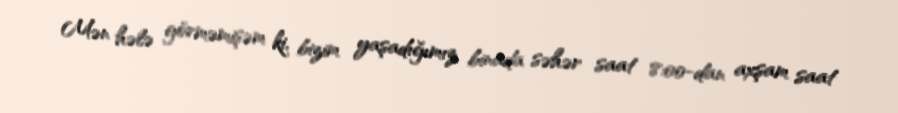
Mən hələ görməmişəm ki, bizim yaşadığımız binada səhər saat 8:00-dan axşam saat